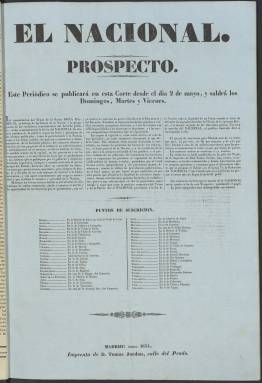
Título: El Nacional (Madrid. 1834)
Colección: Periódicos anteriores a 1850
Ámbito geográfico: Madrid
Lugar de publicación: Madrid
Fechas: 01/04/1834-18/05/1834

Este periódico nace en abril de 1834 para defender la promulgación ese mismo mes del Estatuto Real, carta otorgada por la reina gobernadora, María Cristina de Borbón, que serviría de puente entre el régimen absolutista y la Constitución liberal de 1837. Se publicaba domingos, martes y viernes y se proponía claramente la defensa de los derechos dinásticos de Isabel II, entonces una niña, frente a su tío don Carlos, enfrentamiento que dio lugar a las llamadas guerras carlistas.

   El periódico era claramente progubernamental y estaba ligado al presidente del Consejo de Ministros, Francisco Martínez de la Rosa, quien también era poeta y dramaturgo. Prueba de esta estrecha relación son los artículos que abrían la portada de los primeros números dedicados al drama ‘La conjuración de Venecia’, una de las obras más conocidas de Martínez de la Rosa.

 De cuatro páginas compuestas a tres columnas el contenido del periódico dedicaba amplio espacio a los decretos gubernamentales y noticias generadas por diversas autoridades de las provincias de España. La información militar suele estar presente a causa de la guerra contra los carlistas, cuyos acontecimientos son seguidos con detalle.

   Aparte de la información política y militar, el periódico contaba con otras secciones dedicadas a la industria, la agricultura, el comercio o la literatura. No faltaba tampoco nunca una pequeña reseña sobre el estado de salud de la reina gobernadora y su hija, que pasaban largas temporada en el palacio de Aranjuez.

  La colección de la Biblioteca Nacional de España solo alcanza los primeros números de mayo de 1834, incluido el prospecto de abril donde se declara el propósito de la publicación. Queda por dilucidar si el periódico de igual título nacido a finales de 1835 y que también conserva la BNE es continuación de éste. Aparte del título el diseño de la portada es el mismo.

   El Nacional de 1835, que se prolongaría hasta el verano de 1836, estaba ligado desde su comienzo a Álvarez del Mendizábal, liberal progresista de ideas más avanzadas que Martínez de la Rosa, pero no es descartable que se tratara de los mismos editores, dado que las ideas liberales se fueron afianzando y moderados y progresistas tuvieron que unirse cada vez más para defender el trono de Isabel II y luchar contra los carlistas.

[Descripción publicada el 7/09/2023]